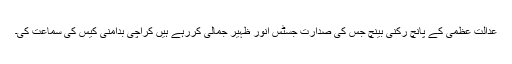
عدالت عظمٰی کے پانچ رکنی بینچ جس کی صدارت جسٹس انور ظہیر جمالی کررہے ہیں کراچی بدامنی کیس کی سماعت کی۔